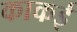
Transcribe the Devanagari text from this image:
काकई